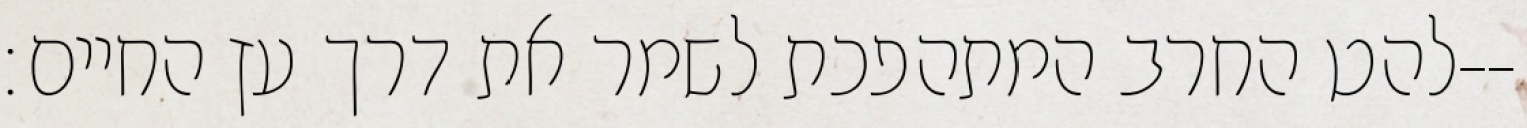
להט החרב המתהפכת לשמר את דרך עץ החיים׃--